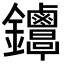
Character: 𨰳